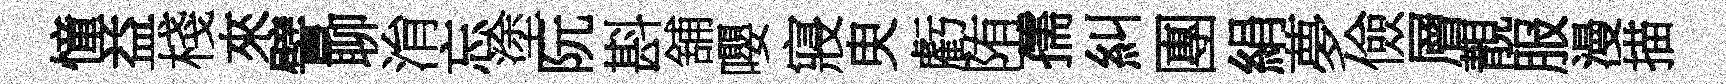
憧益棧來譬聊㳙忘塗阮斟舖嚶寢㬰虧陏孺糾團絹夢儉層靚服漫描